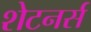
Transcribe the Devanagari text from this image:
शेटनर्स